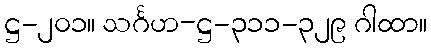
ဋ္ဌ-၂၀၁။ သင်္ဂဟ-ဋ္ဌ-၃၁၁-၃၂၉ ဂါထာ။